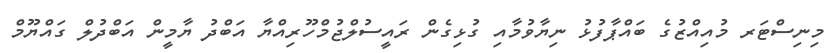
މިނިސްޓަރ މުއިއްޒުގެ ބައްޕާފުޅު ނިޔާވުމާއި ގުޅިގެން ރައީސުލްޖުމްހޫރިއްޔާ އަބްދު ޔާމީން އަބްދުލް ގައްޔޫމް